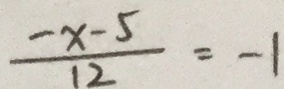
\frac { - x - 5 } { 1 2 } = - 1